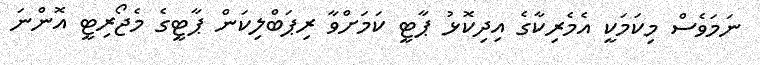
ނަމަވެސް މިކަމަކީ އެމެރިކާގެ އިދިކޮޅު ޕާޓީ ކަމަށްވާ ރިޕަބްލިކަން ޕާޓީގެ މެޖޯރިޓީ އޮންނަ